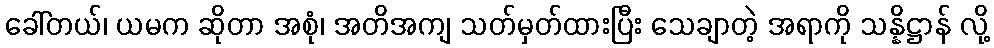
ခေါ်တယ်၊ ယမက ဆိုတာ အစုံ၊ အတိအကျ သတ်မှတ်ထားပြီး သေချာတဲ့ အရာကို သန္နိဋ္ဌာန် လို့